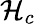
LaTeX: {\cal{H}}_{c}